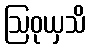
ဩဝုယှသိ